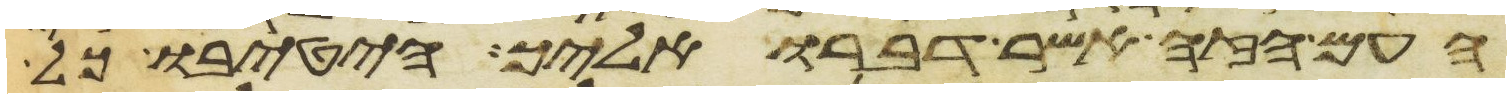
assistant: העם הזה אשר דברו אליך הטיבו כל